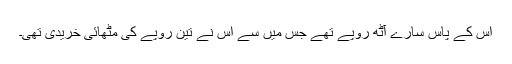
اس کے پاس سارے آٹھ روپے تھے جس میں سے اس نے تین روپے کی مٹھائی خریدی تھی۔